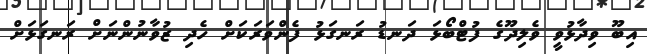
އިބޫ ވިދާޅުވީ ވެލިދޫގެ ފުޓްބޯޅަ ދަނޑު ރަނގަޅު ފެންވަރަކަށް ހެދި ޒުވާނުންނަށް ރަނގަޅަށް